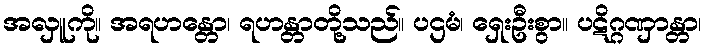
အလှူကို။ အရဟန္တော၊ ရဟန္တာတို့သည်။ ပဌမံ၊ ရှေးဦးစွာ။ ပဋိဂ္ဂဏှာန္တာ၊